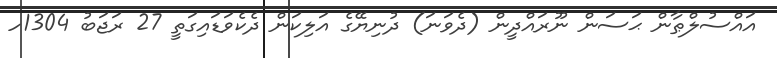
އައްސުލްޠާން ޙަސަން ނޫރައްދީން (ދެވަނަ) ދުނިޔޭގެ އަލިކަން ދެކެވަޑައިގަތީ 27 ރަޖަބު 1304ހ